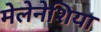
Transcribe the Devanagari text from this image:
मेलेनेशिया